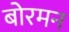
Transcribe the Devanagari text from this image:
बोरमन